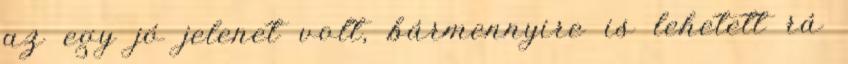
az egy jó jelenet volt, bármennyire is lehetett rá